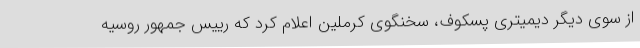
از سوی دیگر دیمیتری پسکوف، سخنگوی کرملین اعلام کرد که رییس جمهور روسیه